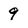
Character: 9